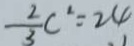
\frac { 2 } { 3 } c ^ { 2 } = 2 4